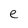
Character: e